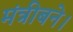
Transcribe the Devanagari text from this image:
मंत्रीबने।